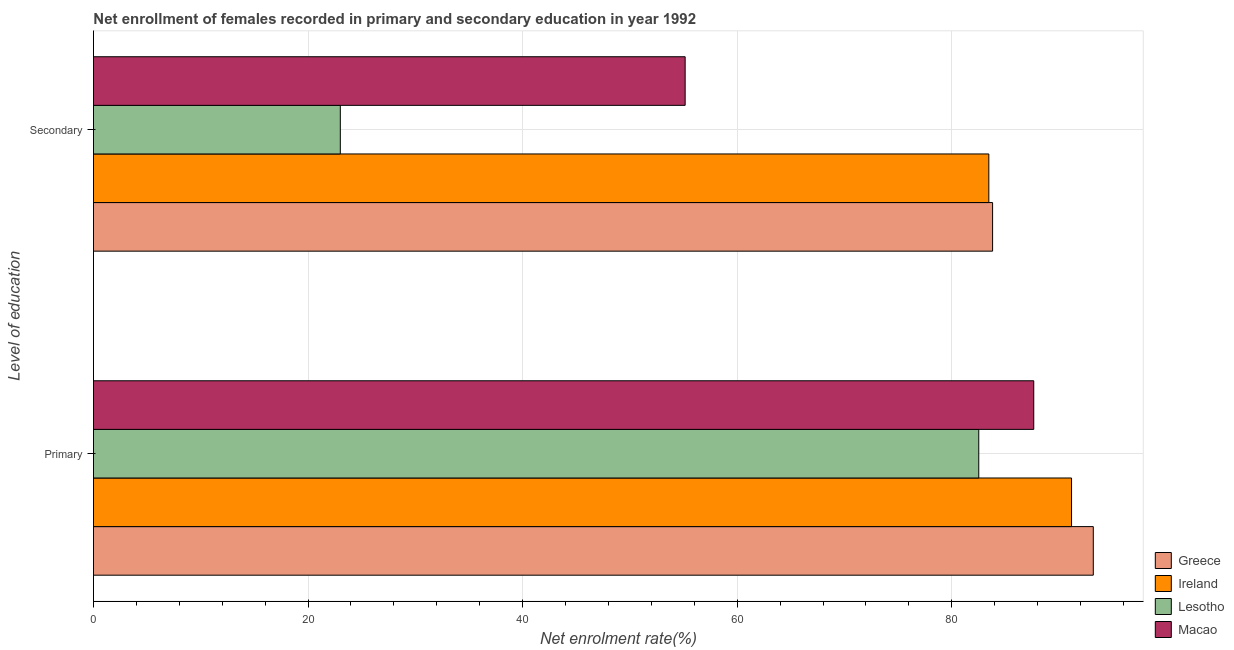
| Level of education | Greece | Ireland | Lesotho | Macao |
 | --- | --- | --- | --- | --- |
 | Primary | 93.2 | 91.2 | 82.5 | 87.6 |
 | Secondary | 83.8 | 83.5 | 23 | 55.2 |